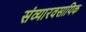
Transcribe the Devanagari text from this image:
संव्यारवसायिक